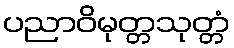
ပညာဝိမုတ္တသုတ္တံ